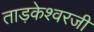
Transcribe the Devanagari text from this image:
ताड़केश्वरजी